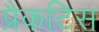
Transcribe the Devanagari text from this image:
प्रैकटिस